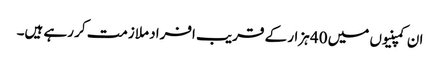
ان کمپنیوں میں 40 ہزار کے قریب افراد ملازمت کر رہے ہیں۔